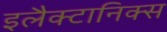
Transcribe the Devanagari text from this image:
इलैक्टानिक्स